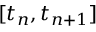
[ t _ { n } , t _ { n + 1 } ]